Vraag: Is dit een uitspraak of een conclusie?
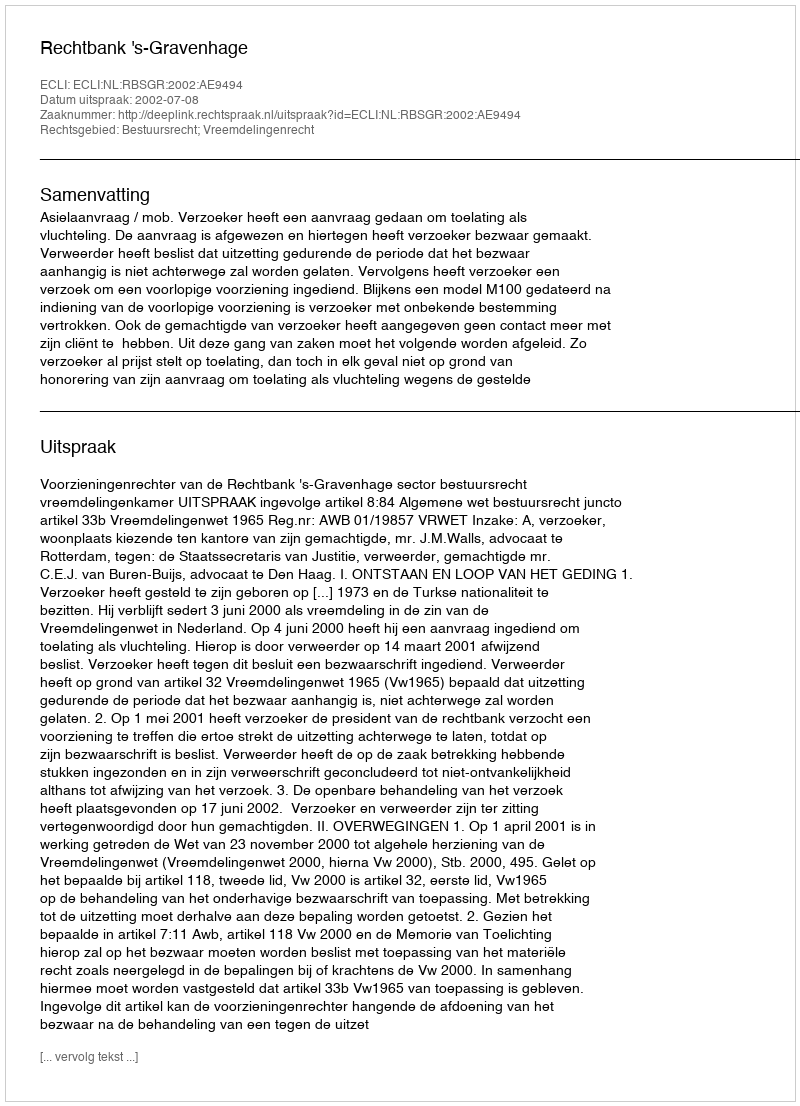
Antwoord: Uitspraak